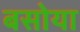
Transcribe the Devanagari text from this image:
बसोया